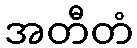
အတီတံ